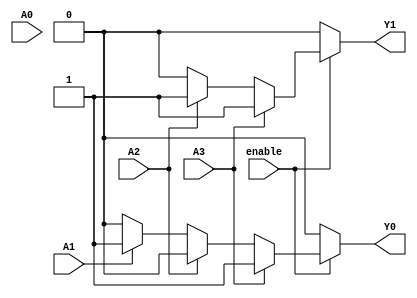
module priority_encoder_4to2 (
    input wire A3,     // Highest priority input
    input wire A2,
    input wire A1,
    input wire A0,
    input wire enable, // Enable signal
    output reg Y1,     // Output bit 1
    output reg Y0      // Output bit 0
);

always @(*) begin
    if (!enable) begin
        // If enable is low, set outputs to defined state (00)
        Y1 = 0;
        Y0 = 0;
    end else begin
        // Priority encoding logic
        case (1'b1)
            A3: begin
                Y1 = 1;
                Y0 = 1;
            end
            A2: begin
                Y1 = 1;
                Y0 = 0;
            end
            A1: begin
                Y1 = 0;
                Y0 = 1;
            end
            A0: begin
                Y1 = 0;
                Y0 = 0;
            end
            default: begin
                // No active inputs
                Y1 = 0;
                Y0 = 0;
            end
        endcase
    end
end

endmodule